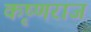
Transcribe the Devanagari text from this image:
कृष्‍णराज